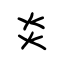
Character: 炎